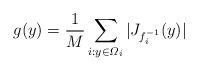
LaTeX: \begin{align*}g(y)=\frac 1 M\sum\limits_{i:y\in\varOmega_i }\vert J_{f_i^{-1}}(y)\vert\end{align*}